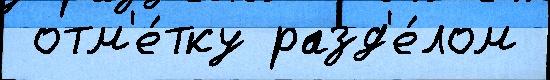
 отм'е́тку разд'е́лом